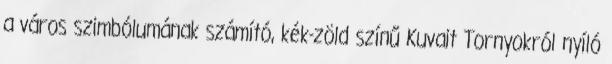
a város szimbólumának számító, kék-zöld színű Kuvait Tornyokról nyíló